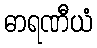
ဓာရဏီယံ